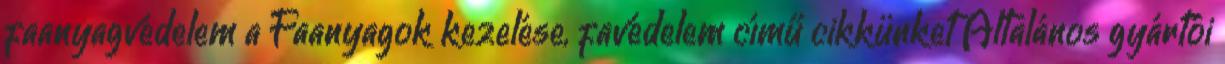
faanyagvédelem a Faanyagok kezelése, favédelem című cikkünket Általános gyártói